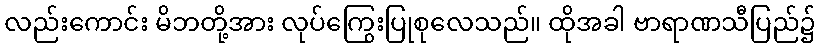
လည်းကောင်း မိဘတို့အား လုပ်ကြွေးပြုစုလေသည်။ ထိုအခါ ဗာရာဏသီပြည်၌